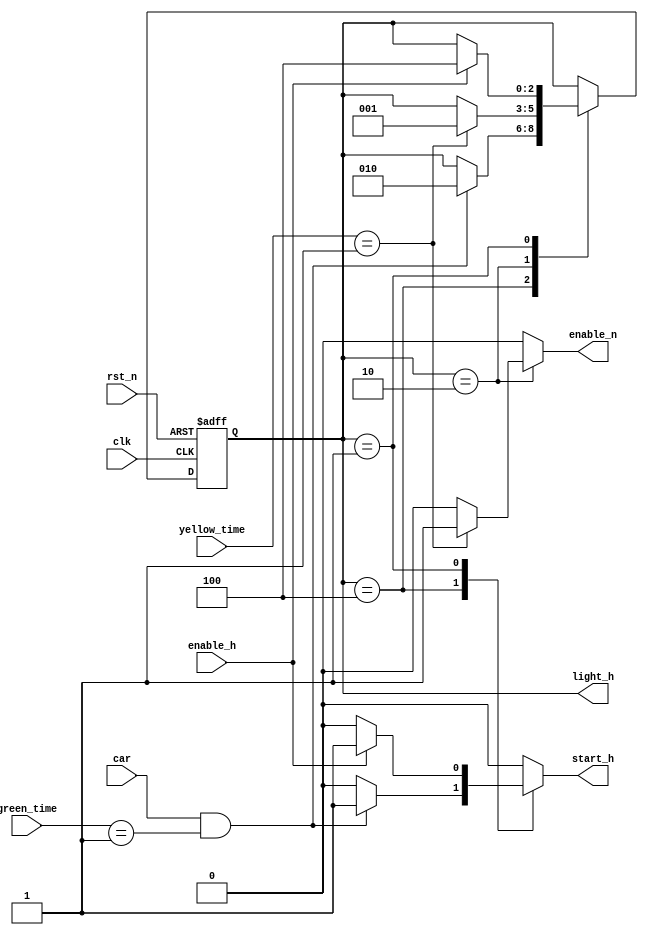
module highway_fsm(
    input clk, 
    input rst_n,
    input car,
    input [5:0] green_time,
    input [5:0] yellow_time,
    input enable_h,

    output reg enable_n,
    output reg start_h,
    output[2:0] light_h
);

reg[2:0] CurrentState,NextState;


parameter [2:0] 
    green_h = 3'b100,
    yellow_h = 3'b010,
    red_h = 3'b001;

assign light_h = CurrentState;

always @(posedge clk or negedge rst_n)
    
begin
    if(!rst_n)
    CurrentState <= green_h;
    else 
    CurrentState <= NextState;
end

always @(NextState, CurrentState,enable_h, green_time, yellow_time,car )
 begin
    NextState = CurrentState;
    start_h =0;
    enable_n =0;
    case(CurrentState)
        green_h: if(car == 1 && green_time == 1) begin
            NextState = yellow_h;
            start_h =1;
        end
        yellow_h: if(yellow_time == 1) begin
            NextState = red_h;
            enable_n=1;
        end
        red_h: if(enable_h) begin
            NextState = green_h;
            start_h =1;
        end 
    endcase
end

endmodule